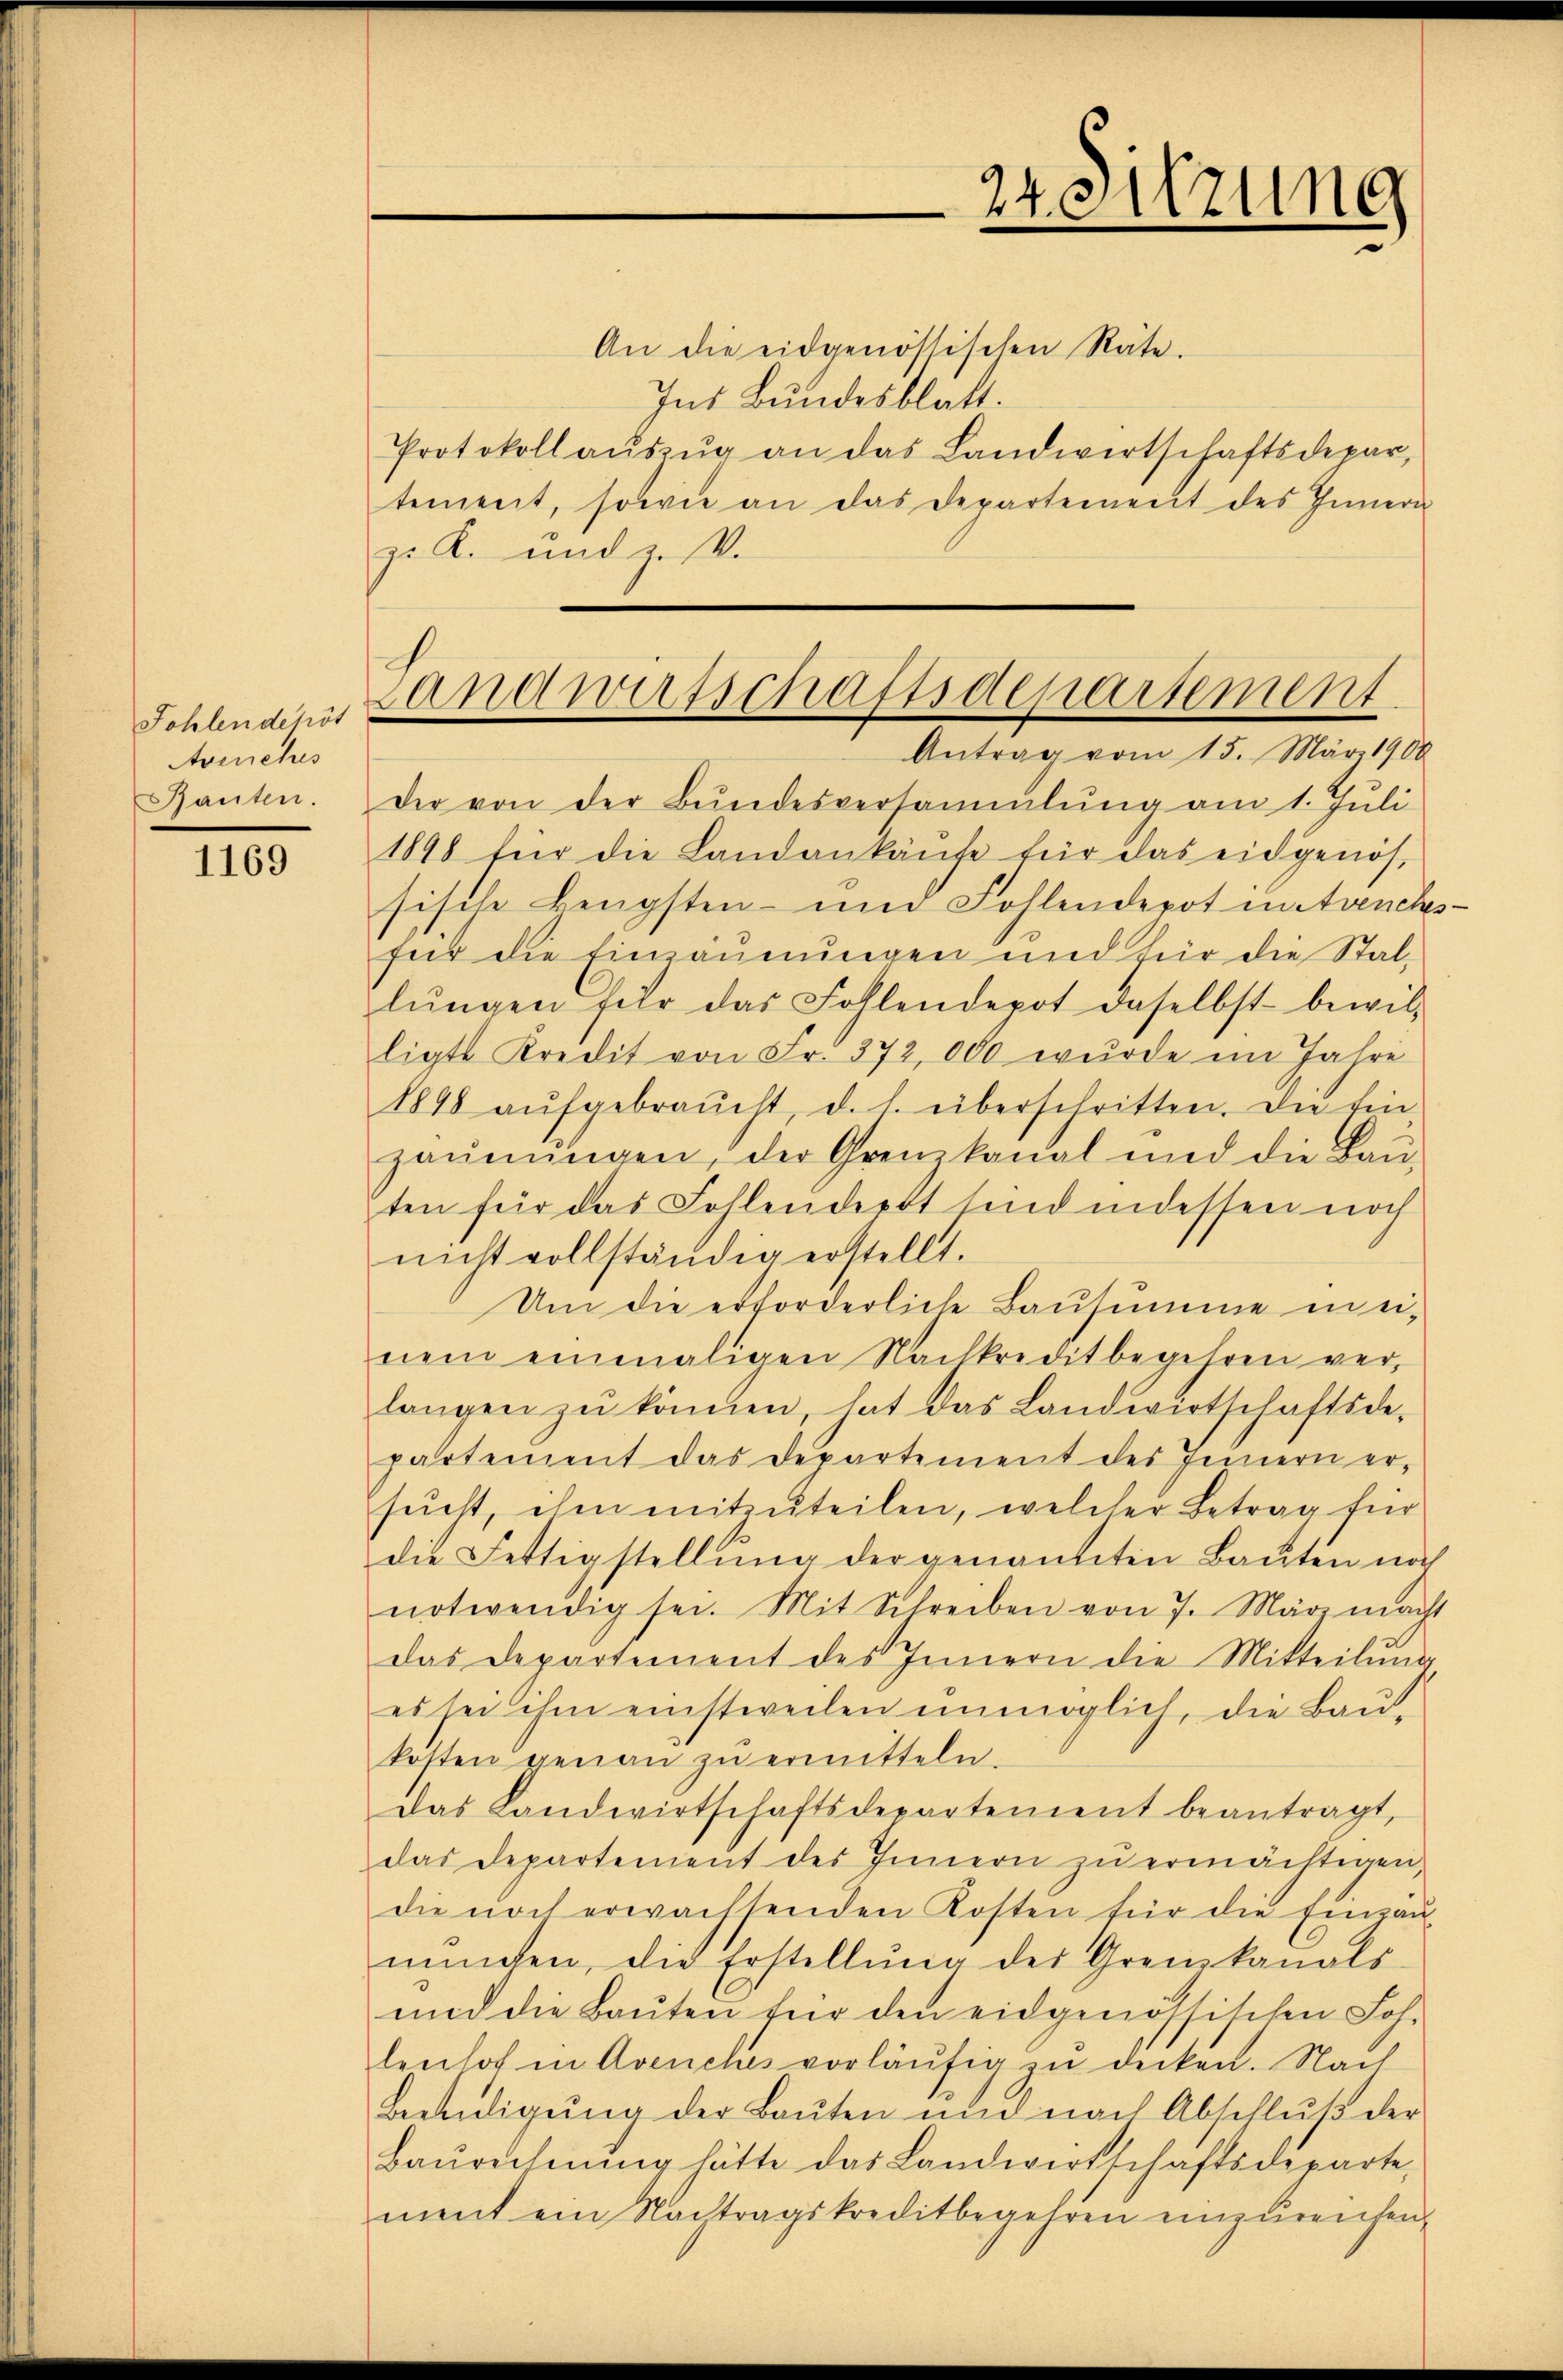
Fohlen depot
Avenches
Bauten.

1169

24. Sitzung

An die eidgenössischen Räte.
Ins Bundesblatt.
Protokoll aŭszŭg an das Landwirtschaftsdepar
tement, sowie an das Departement des Innern
z. K. und z. V.

Landwirtschaftsdepartement
Antrag vom 15. März 1900

Der von der Bŭndesversammlung am 1. Jŭli
1898 für die Landankäufe für das eidgenös-
sische Bengsten- und Fohlendepot mitvenchsfür die Einzäunungen und für die Stallŭngen für das Follendepot daselbst bewil-
ligte Kredit von Fr. 372, 000 wurde im Jahre
1898 aŭfgebraucht, d. l. überschritten. Die Ein-
zäŭnŭngen, der Grenzkanal und die Baŭ-
ten für das Fohlendert sind indessen noch
nicht vollständig erstellt.
Um die erforderliche Bausumme in ei-
nem einmaligen Nachkreditbegehren ver-
langen zŭ können, hat das Landwirtschaftsde-
partement das Departement des Innern ersŭcht, ihm mitzŭteilen, welcher Betrag für
die Fettigstellŭng der genannten Baŭten noch
notwendig sei. Mit Schreiben von 7. März macht
das Departement des Innern die Mitteilung
es sei ihm einstweilen unmöglich, die Bau-
kösten genaŭ zŭ ermitteln.
Das Landwirtschaftsdepartement beantragt,
das Departement des Innern zŭ ermächtigen,
die noch erwachsenden Kosten für die Einrau-
nŭngen, die Erstellŭng der Grenzkanals
und die Baŭten für den eidgenössischen Loh-
lenhof in Avenches vorläŭfig zu decken. Nach
Beendigŭng der Baŭten und nach Abschlŭβ der
Baŭrechnŭng hätte das Landwirtschaftsdeparte,
ment ein Nachtragskreditbegehren einzureichen,